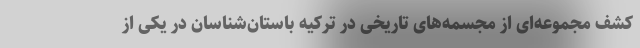
کشف مجموعه‌ای از مجسمه‌های تاریخی در ترکیه باستان‌شناسان در یکی از